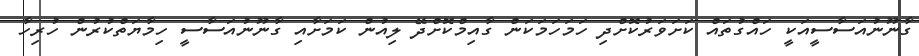
ގާނޫނުއަސާސީއަކީ ހައްގުތައް ކަށަވަރުކޮށްދި ހަމަހަމަކަން ގާއިމްކޮށްދޭ ލިއުން ކަމަށާއި ގާނޫނުއަސާސީ ހިމާޔަތްކުރުން ހުރިހާ